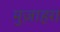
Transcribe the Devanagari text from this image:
मुज़ाहरा